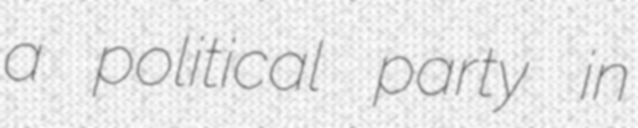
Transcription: a political party in